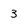
Character: 3